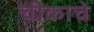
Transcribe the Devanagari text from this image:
चीकाचे